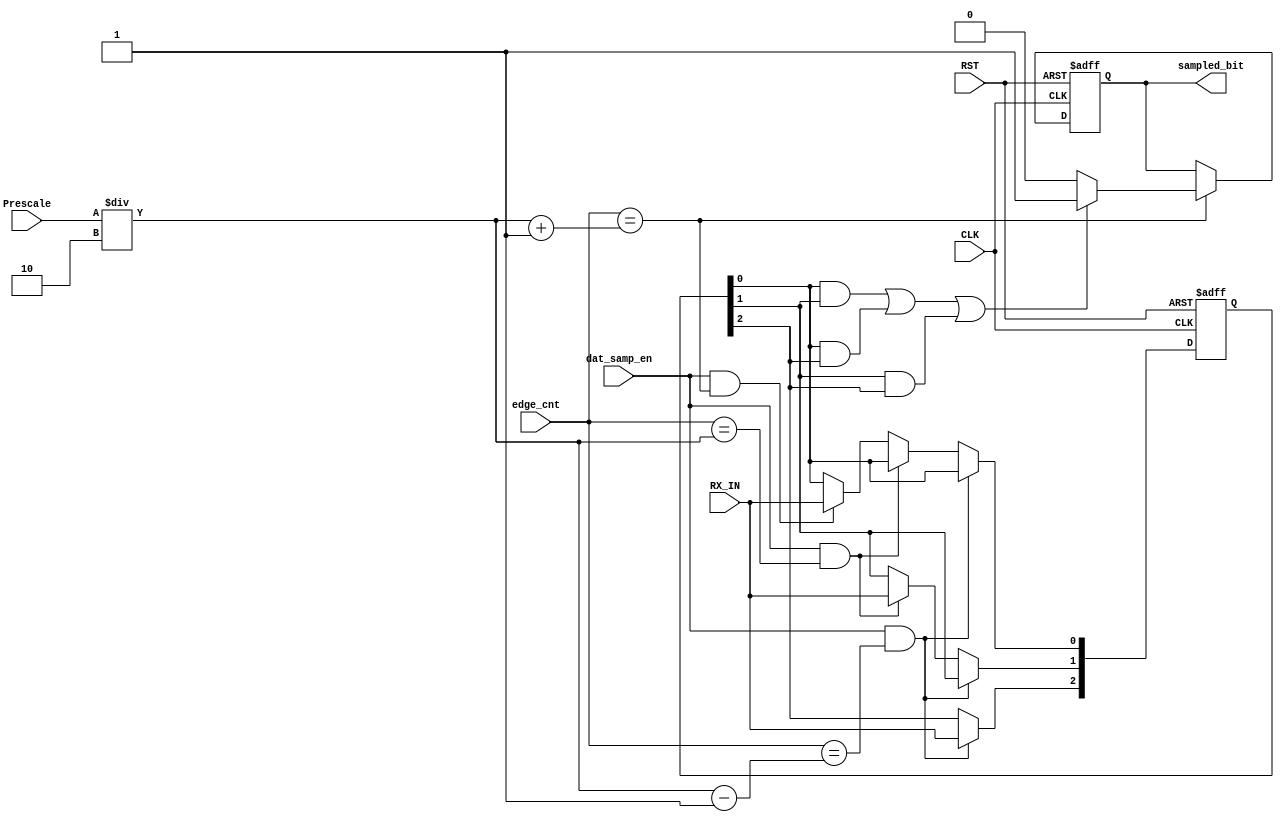
module data_sampling (
	input wire 	 	 CLK ,
	input wire 	 	 RST ,
	input wire [5:0] Prescale ,
	input wire  	 RX_IN ,
	input wire  	 dat_samp_en ,
	input wire [5:0] edge_cnt ,

	output reg  	 sampled_bit 
	);

reg  [2:0]  my_bits ;
wire A1 , A2 , A3 ;


	always @(posedge CLK or negedge RST) begin
		if (!RST) begin
			sampled_bit <= 1'b1 ;
			my_bits <= 3'b111 ;
		end
		else begin
							
				if (dat_samp_en && edge_cnt == (Prescale/2 -1)) 
						my_bits[2] <= RX_IN ; 
				else if (dat_samp_en && edge_cnt == (Prescale/2)) 
						my_bits[1] <= RX_IN ; 
				else if (dat_samp_en && edge_cnt == (Prescale/2 +1)) 
						my_bits[0] <= RX_IN ; 


				if(edge_cnt == (Prescale/2 +1)) begin
	
					if ( A1 || A2 || A3 ) 
						sampled_bit <= 1'b1 ; 
					else
			 	   	    sampled_bit <= 1'b0 ;
				end	

		end
	end

	assign A1 = my_bits[0] & my_bits[1] ;
	assign A2 = my_bits[0] & my_bits[2] ;
	assign A3 = my_bits[1] & my_bits[2] ;


endmodule